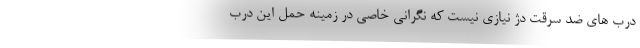
درب های ضد سرقت دژ نیازی نیست که نگرانی خاصی در زمینه حمل این درب